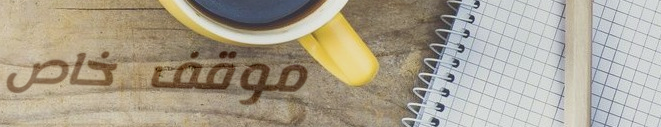
موقف خاص